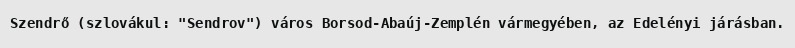
Szendrő (szlovákul: "Sendrov") város Borsod-Abaúj-Zemplén vármegyében, az Edelényi járásban.